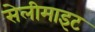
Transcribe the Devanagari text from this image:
सेलीमाइट